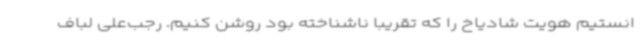
انستیم هویت شادیاخ را که تقریبا ناشناخته بود روشن کنیم. رجب‌علی لباف